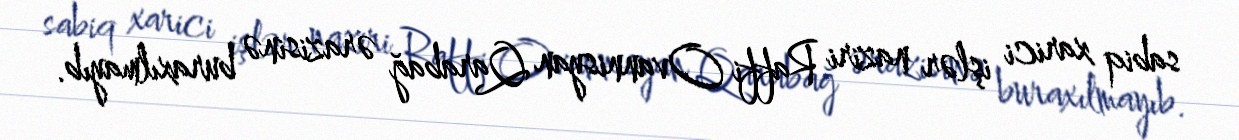
sabiq xarici işlər naziri Raffi Ovannisyan Qarabağ ərazisinə buraxılmayıb.